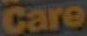
Care